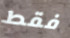
فقط